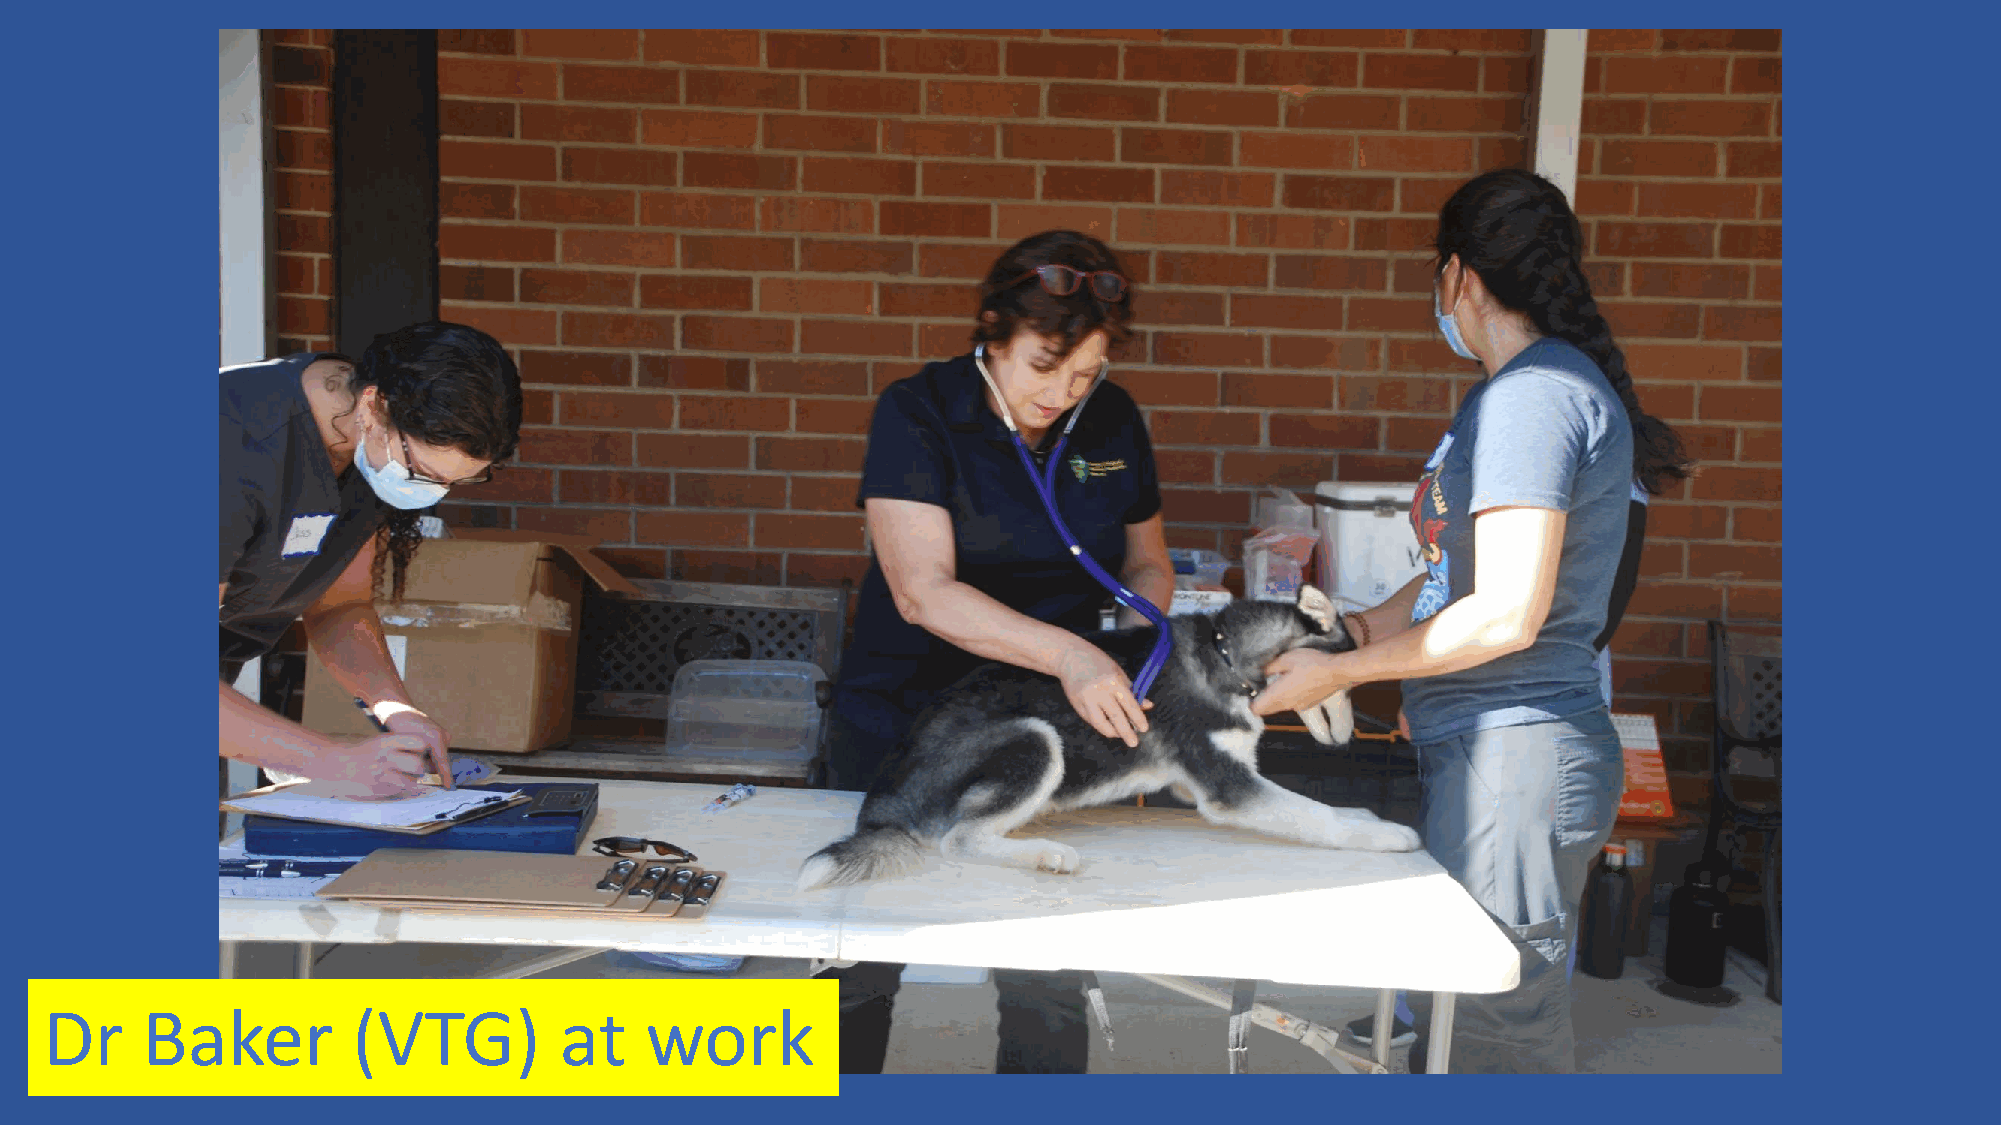
Dr    Baker         (VTG)         at    work